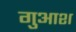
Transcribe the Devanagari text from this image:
गुआश